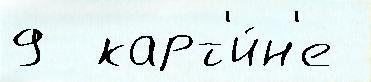
9  карт'и́н'е